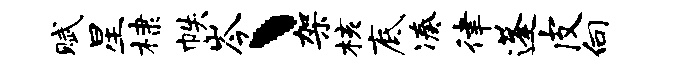
赋星棣帙岑丶架核底凑律蓬皮向